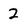
Character: 2